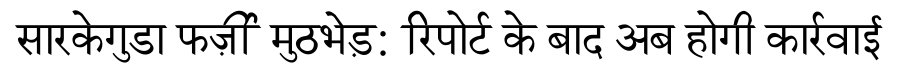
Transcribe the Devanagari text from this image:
सारकेगुडा फर्ज़ी मुठभेड़: रिपोर्ट के बाद अब होगी कार्रवाई